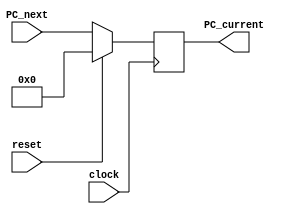
module PC_Register(PC_next, clock, reset, PC_current);

	input [31:0] PC_next; //A entrada representa a prxima instruo
	
	input reset; //O reset  uma chave para reiniciar e travar a execuo do algoritmo
	input clock;

	output reg [31:0] PC_current; //A saida representa a atual instruo, que se torna a prxima a cada clock
	
	
	always @(posedge clock) begin // clock dividido de 1sg, clock do sistema, clock principal
		if(reset)
			begin
				PC_current = 0;		
			end
		else
			begin
				PC_current = PC_next;
			end
	end
	
endmodule